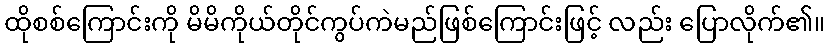
ထိုစစ်ကြောင်းကို မိမိကိုယ်တိုင်ကွပ်ကဲမည်ဖြစ်ကြောင်းဖြင့် လည်း ပြောလိုက်၏။